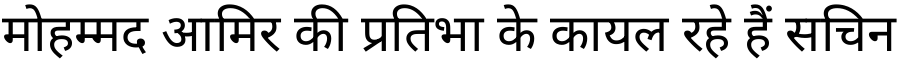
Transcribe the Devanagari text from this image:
मोहम्मद आमिर की प्रतिभा के कायल रहे हैं सचिन